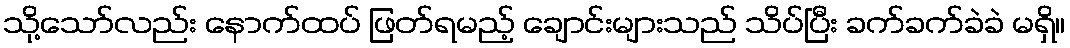
သို့သော်လည်း နောက်ထပ် ဖြတ်ရမည့် ချောင်းများသည် သိပ်ပြီး ခက်ခက်ခဲခဲ မရှိ။